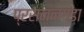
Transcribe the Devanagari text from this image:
प्रसन्नगडा